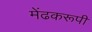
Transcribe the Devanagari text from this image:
मेंढकरूपी